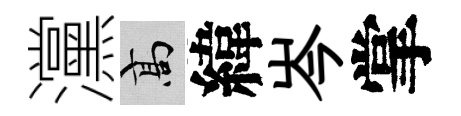
灙高緯岑掌